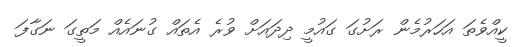
ކީއްވެތަ އަހަރުމެން ރަށުގަ ގައުމީ ދިދައަށް ވުރެ އެތައް ގުނައެއް މަތީގަ ނަގާފަ